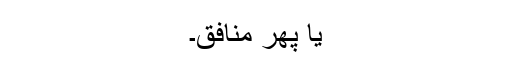
یا پھر منافق۔